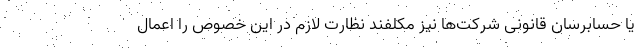
یا حسابرسان قانونی شرکت‌ها نیز مکلفند نظارت لازم در این خصوص را اعمال